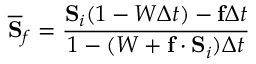
\overline { { \bf S } } _ { f } = \frac { { \bf S } _ { i } ( 1 - W \Delta t ) - { \bf f } \Delta t } { 1 - ( W + { \bf f } \cdot { \bf S } _ { i } ) \Delta t }